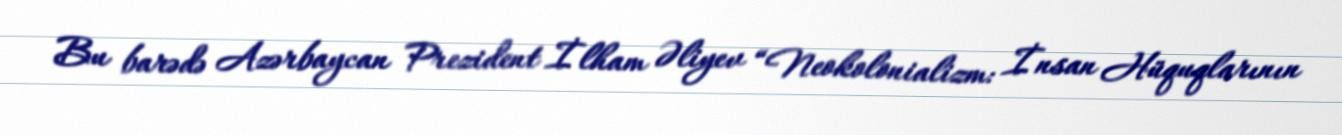
Bu barədə Azərbaycan Prezident İlham Əliyev “Neokolonializm: İnsan Hüquqlarının